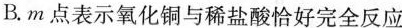
B.m点表示氧化铜与稀盐酸恰好完全反应